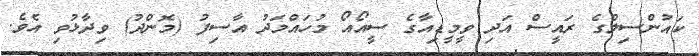
ކައުންސިލްގެ ރައީސް އަދި ވީމީޑިއާގެ ސީއޯއޯ މުހައްމަދު އާސިފު (މޮންދު) ވިދާޅުވި އެވެ.